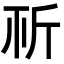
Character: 𣂘